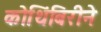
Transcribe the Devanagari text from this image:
कोथिंबिरीने